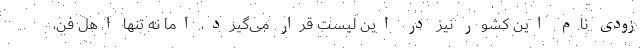
زودی نام این کشور نیز در این لیست قرار می‌گیرد، اما نه تنها اهل فن،